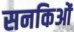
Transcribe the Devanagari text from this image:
सनकिओं